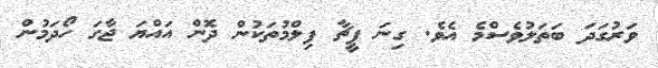
ވަރުގަދަ ބަތަލުވެސްމެ އެވެ. ގިނަ ފީޗާ ފިލްމުތަކުން ދޮން އައްޔަ ޖާގަ ހޯދަމުން